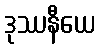
ဒုဿနီယေ